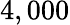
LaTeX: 4,000